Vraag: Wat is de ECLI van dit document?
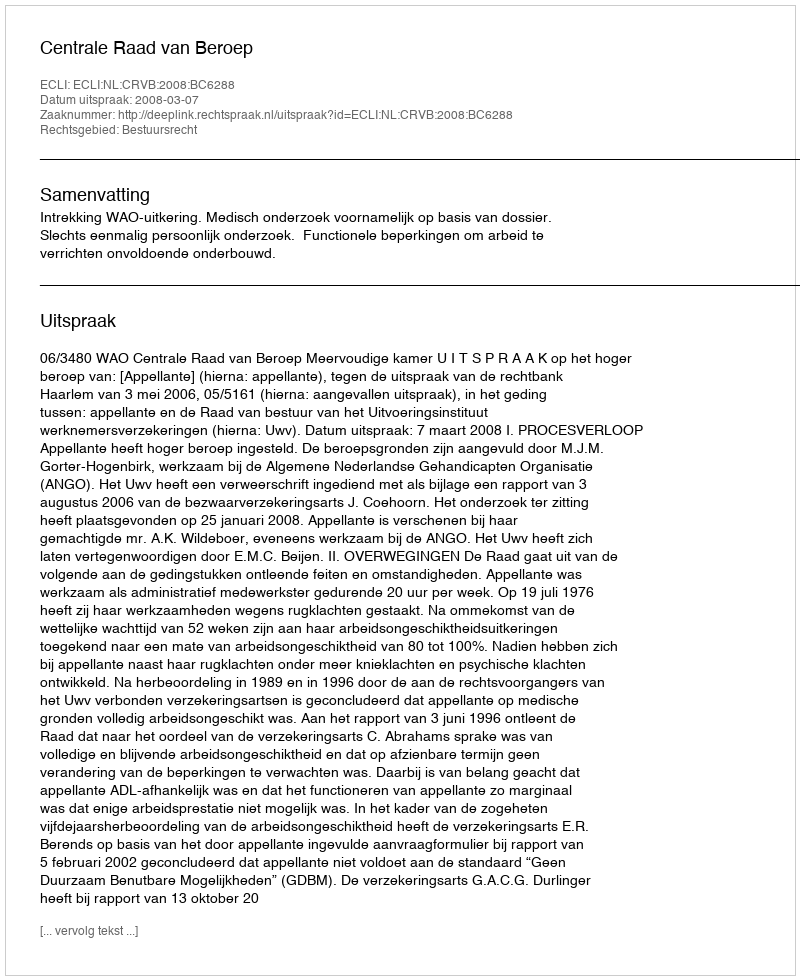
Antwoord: ECLI:NL:CRVB:2008:BC6288